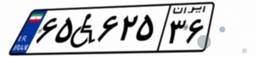
۵۹W۰۱۱۶۱